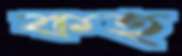
কহ